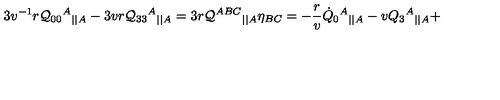
3 v ^ { - 1 } r { \cal Q } _ { 0 0 } { ^ A } { _ { | | A } } - 3 v r { \cal Q } _ { 3 3 } { ^ A } { _ { | | A } } = 3 r { \cal Q } ^ { A B C } { _ { | | A } } \eta _ { B C } = - \frac r v \dot { Q } _ { 0 } { ^ A } { _ { | | A } } - v Q _ { 3 } { ^ A } { _ { | | A } } +